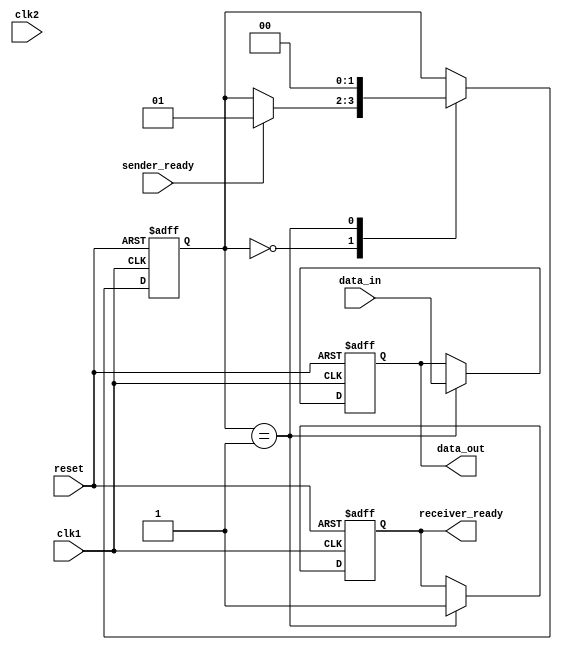
module timing_control_and_sync(
  input clk1, // clock signal of first clock domain
  input clk2, // clock signal of second clock domain
  input reset, // asynchronous reset signal
  input data_in, // input data signal from sender
  output reg data_out, // output data signal to receiver
  input sender_ready, // sender ready signal
  output reg receiver_ready // receiver ready signal
);

reg [1:0] state; // state variable for state machine

always @(posedge clk1 or posedge reset) begin
  if (reset) begin
    state <= 2'b00; // reset state
    data_out <= 1'b0;
    receiver_ready <= 1'b0;
  end
  else begin
    case (state)
      2'b00: begin // idle state
        if (sender_ready) begin
          state <= 2'b01; // transition to sync state
        end
      end
      2'b01: begin // sync state
        data_out <= data_in;
        receiver_ready <= 1'b1;
        if (clk1 != clk2) begin
          // adjust for clock domain difference
        end
        state <= 2'b00; // transition back to idle state
      end
    endcase
  end
end

endmodule